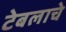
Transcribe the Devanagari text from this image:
टेबलाचे